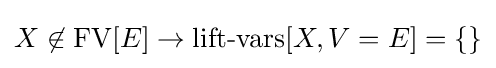
X\not \in \operatorname {FV} [E]\to \operatorname {lift-vars} [X,V=E]=\{\}